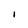
Character: I